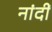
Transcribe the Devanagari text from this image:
नांदीं